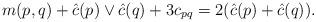
LaTeX: \begin{gather*}m(p,q)+\hat c(p)\vee \hat c(q)+3c_{pq}=2(\hat c(p)+\hat c(q)).\end{gather*}